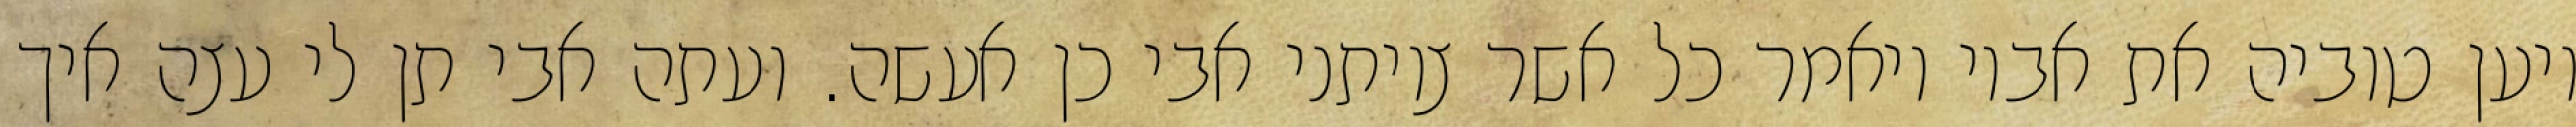
ויען טוביה את אביו ויאמר כל אשר צויתני אבי כן אעשה. ועתה אבי תן לי עצה איך